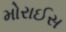
મોરાઈસ